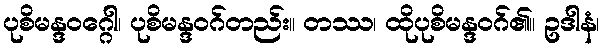
ပုစိမန္ဒဝဂ္ဂေါ၊ ပုစိမန္ဒဝဂ်တည်း။ တဿ၊ ထိုပုစိမန္ဒဝဂ်၏။ ဥဒါနံ၊